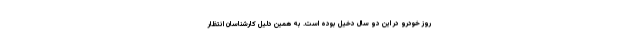
روز خودرو در این دو سال دخیل بوده است. به همین دلیل کارشناسان انتظار